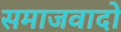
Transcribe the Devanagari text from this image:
समाजवादों